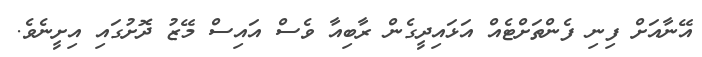
އޭނާއަށް ފިނި ފެންތަށްޓެއް އަޅައިދީގެން ރާބިއާ ވެސް އައިސް މޭޒު ދޮށުގައި އިށީނެވެ.